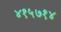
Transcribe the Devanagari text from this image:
४१५७१४